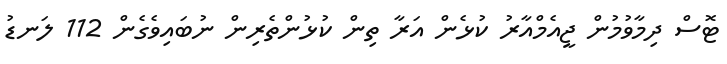
ޓޮސް ދިމާވުމުން ޖީއެމްއާރު ކުޅެން އަރާ ތިން ކުޅުންތެރިން ނުބައިވެގެން 112 ލަނޑު